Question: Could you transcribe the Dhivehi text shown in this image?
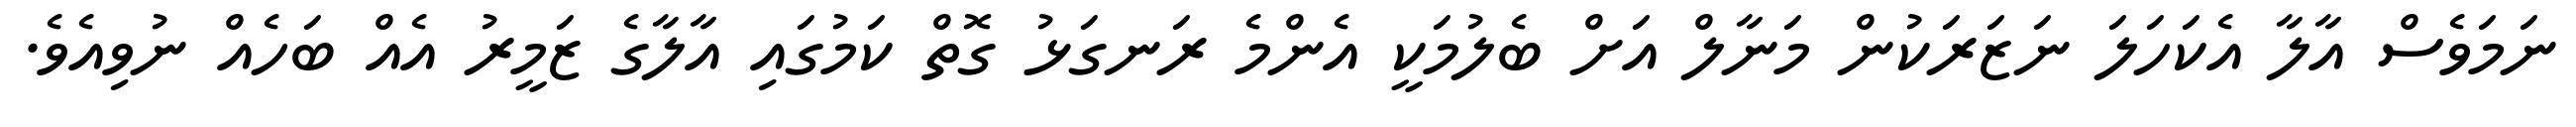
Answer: ނަމަވެސް އާލާ އެކަހަލަ ނަޒަރަކުން މަނާލް އަށް ބެލުމަކީ އެންމެ ރަނގަޅު ގޮތް ކަމުގައި އާލާގެ ޒަމީރު އެއް ބަހެއް ނުވިއެވެ.